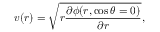
v ( r ) = \sqrt { r \frac { \partial \phi ( r , \cos \theta = 0 ) } { \partial r } } ,